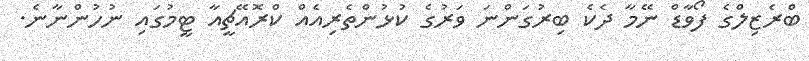
ބްރެޒިލްގެ ފޯވާޑް ނޭމާ ދެކެ ބިރުގަންނަ ވަރުގެ ކުޅުންތެރިއެއް ކްރޮއޭޗީއާ ޓީމުގައި ނުހުންނާނެ.